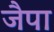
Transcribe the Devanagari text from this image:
जैपा